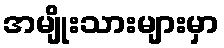
အမျိုးသားများမှာ